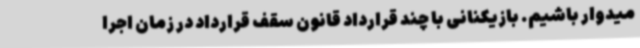
میدوار باشیم. بازیکنانی با چند قرارداد قانون سقف قرارداد در زمان اجرا